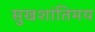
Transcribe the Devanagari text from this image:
सुखशांतिमय